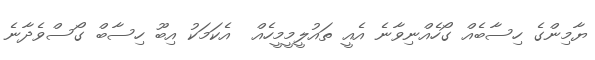
ޔާމިންގެ ހިސާބެއް ގޯހެެއްނިވާނެ އެއީ ތައުލީމީމީހެއް  އެކަމަކު އިބޫ ހިސާބް ގޯސްވެދާނެ